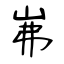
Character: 岪